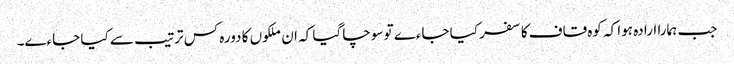
جب ہمارا ارادہ ہوا کہ کوہ قاف کا سفر کیا جاءے تو سوچا گیا کہ ان ملکوں کا دورہ کس ترتیب سے کیا جاءے۔